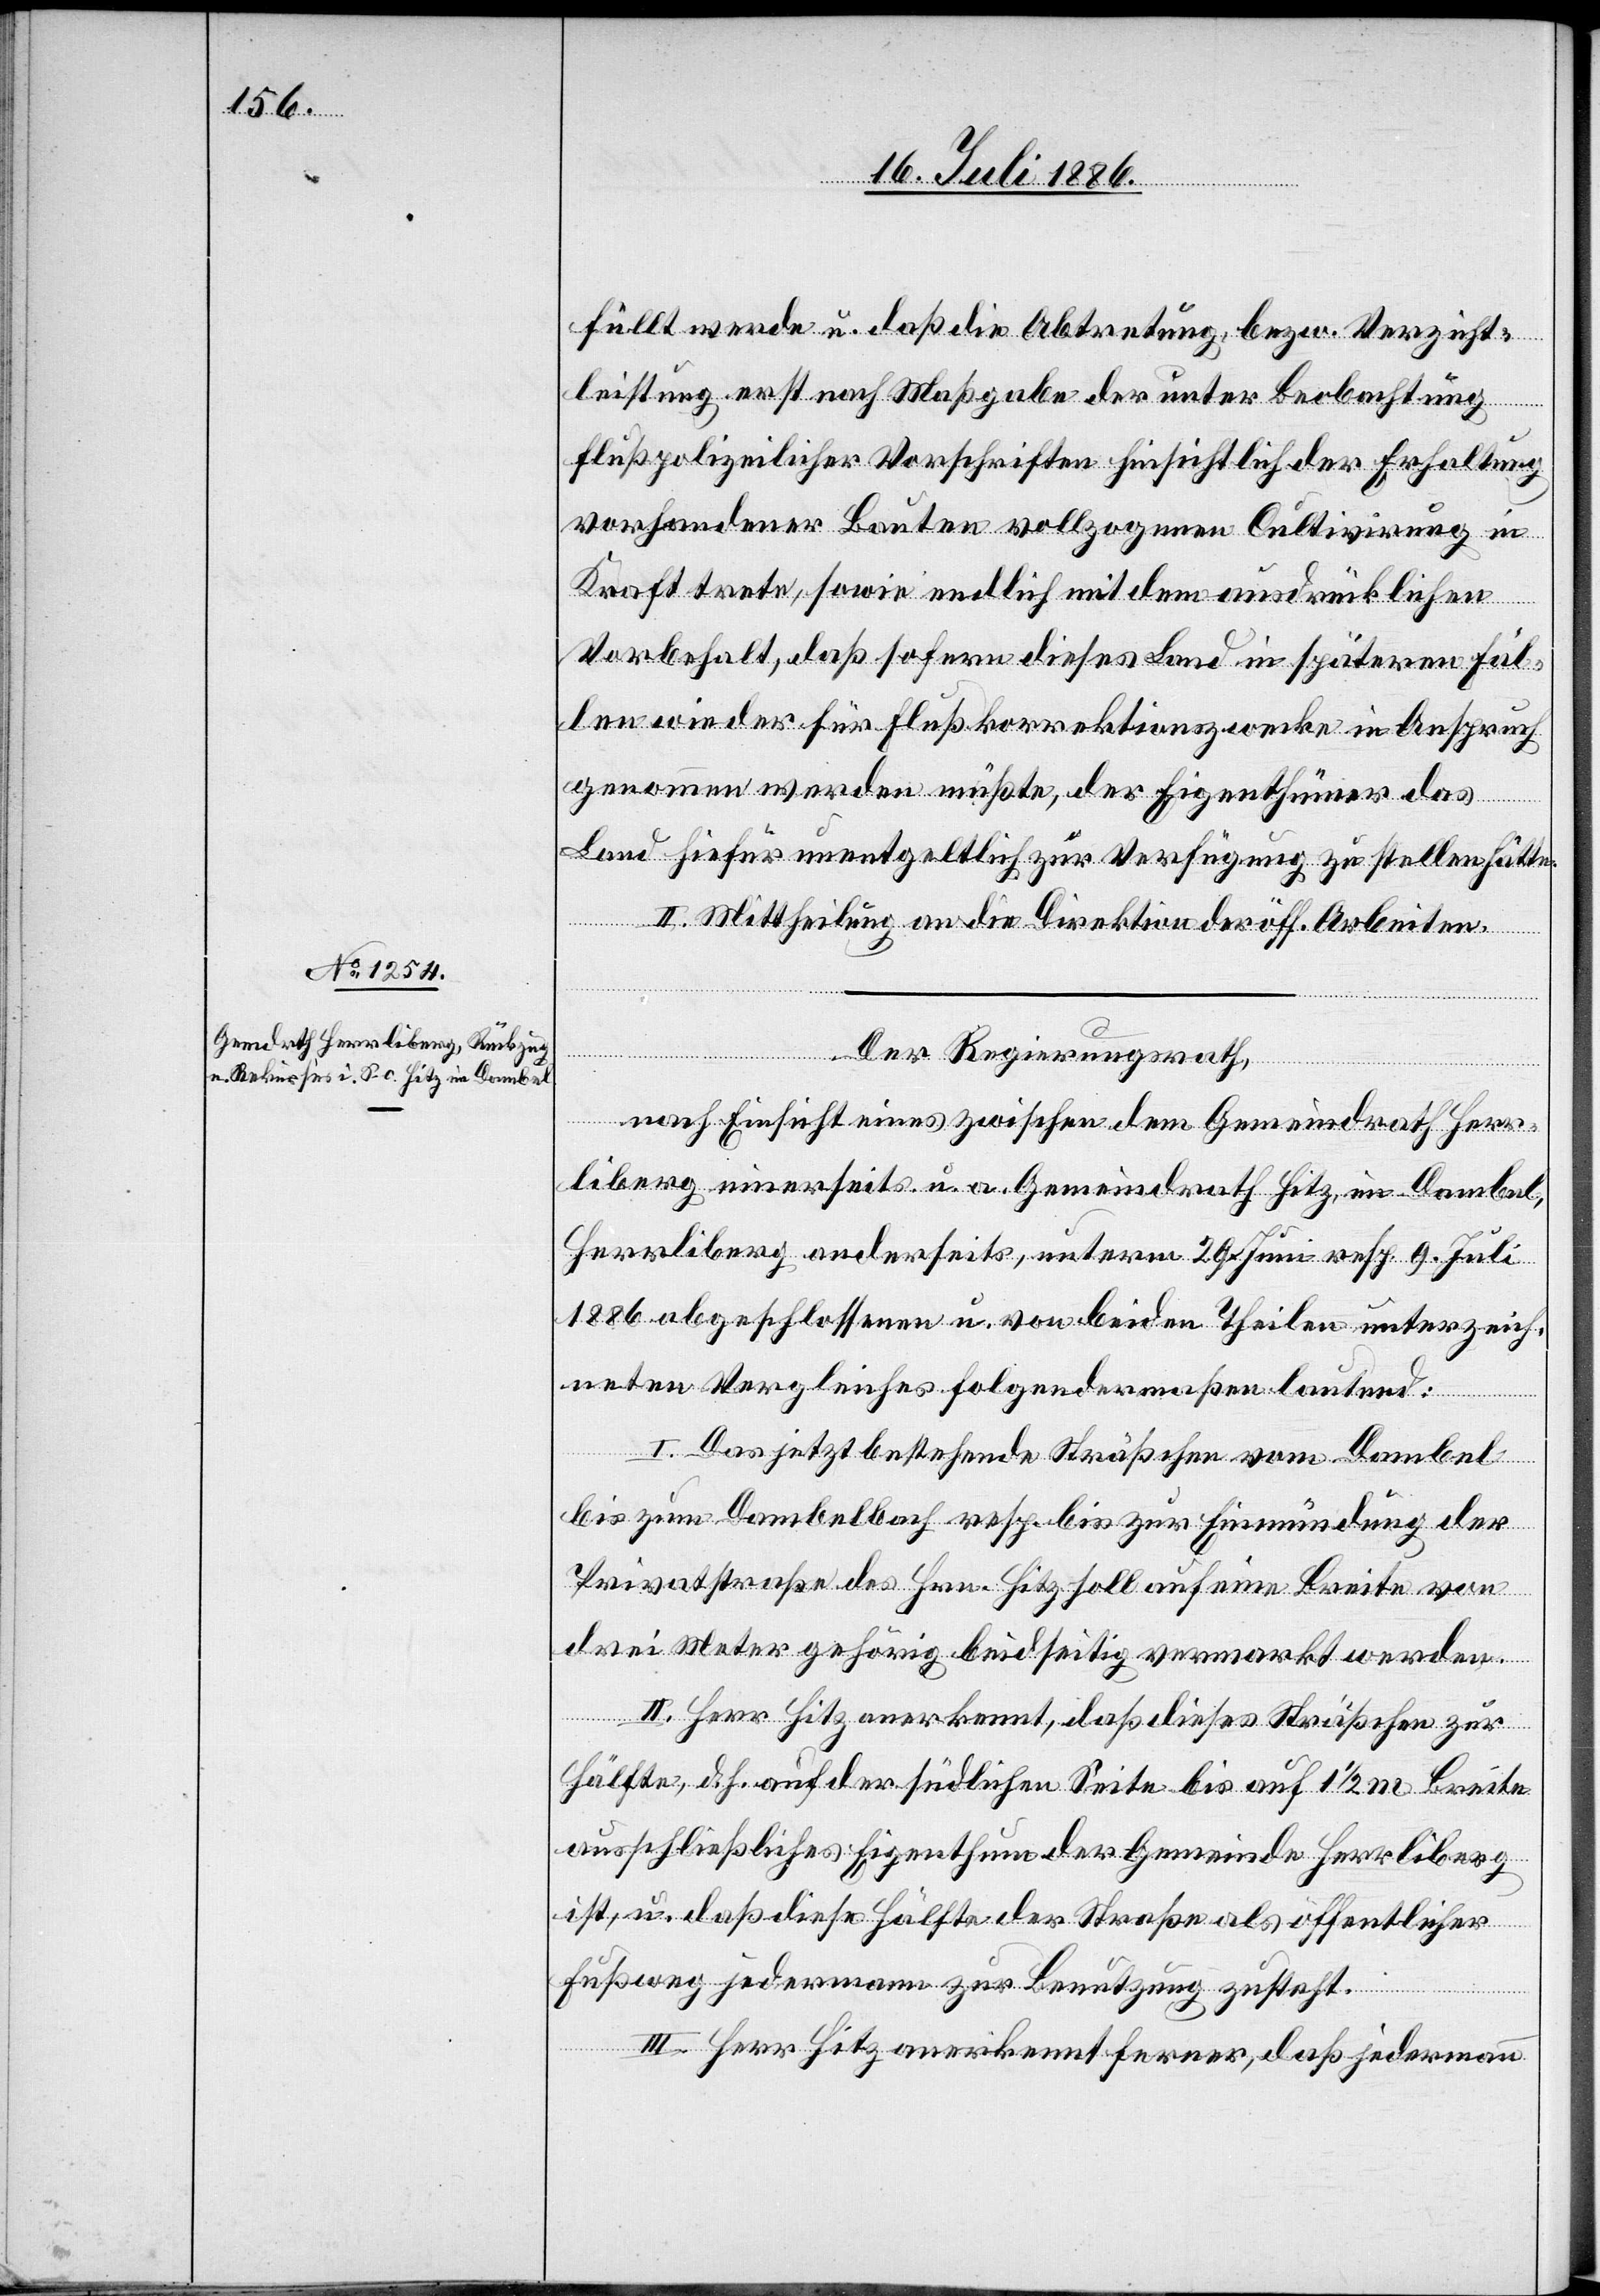
füllt werde u. daß die Abtretung, bezw. Verzicht¬
leistung erst nach Maßgabe der unter Beobachtung
flußpolizeilicher Vorschriften hinsichtlich der Erhaltung
vorhandener Bauten vollzogenen Cultivirung in
Kraft trete, sowie endlich mit den ausdrücklichen
Vorbehalt, daß sofern dieses Land in späteren Fäl¬
len wieder für Flußkorrektionszwecke in Anspruch
genommen werden müßte, der Eigenthümer das
Land hiefür unentgeltlich zur Verfügung zu stellen hätte.
II. Mittheilung an die Direktion der öff. Arbeiten.
Der Regierungsrath,
nach Einsicht eines zwischen dem Gemeindrath Herr¬
liberg einerseits u. a. Gemeindrath Hitz, im Dambel,
Herrliberg anderseits, unterm 29. Juni resp. 9. Juli
1886 abgeschlossenen u. von beiden Theilen unterzeich¬
neten Vergleiches folgendermaßen lautend:
I. Das jetzt bestehende Sträßchen vom Dambel
bis zum Dambelbach resp. bis zur Einmündung der
Privatstraße des Hrn. Hitz soll auf eine Breite von
drei Meter gehörig beidseitig vermarkt werden.
II. Herr Hitz anerkennt, daß dieses Sträßchen zur
Hälfte, d. h. auf der südlichen Seite bis auf 1 1/2 m Breite
ausschließliches Eigenthum der Gemeinde Herrliberg
ist, u. daß diese Hälfte der Straße als öffentlicher
Fußweg jedermann zur Benutzung zusteht.
III. Herr Hitz anerkennt ferner, daß jedermann